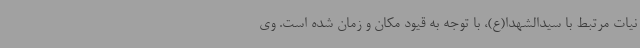
نیات مرتبط با سیدالشهدا(ع)، با توجه به قیود مکان و زمان شده است. وی